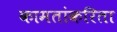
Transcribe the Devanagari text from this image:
कामतांकरिता